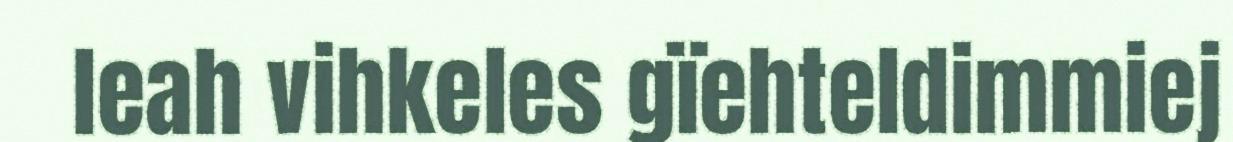
leah vihkeles gïehteldimmiej